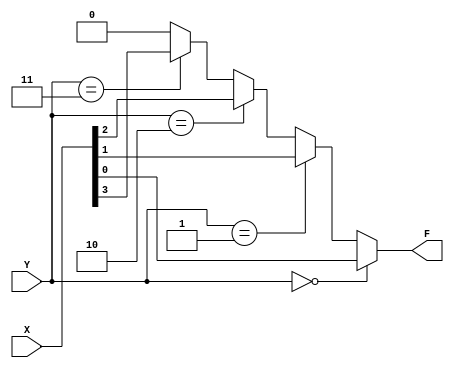
`timescale 1ns / 1ps
//////////////////////////////////////////////////////////////////////////////////
// Company: 
// Engineer: 
// 
// Design Name: 
// Module Name: mux41
// Project Name: 
// Target Devices: 
// Tool Versions: 
// Description: 
// 
// Dependencies: 
// 
// Revision:
// Revision 0.01 - File Created
// Additional Comments:
// 
//////////////////////////////////////////////////////////////////////////////////


module mux41(X,Y,F);
input [3:0] X;
input [1:0] Y;
output reg F;

always @(Y or X)
    if (Y == 0) F = X[0];
    else if (Y == 1) F = X[1];
    else if (Y == 2) F = X[2];
    else if (Y == 3) F = X[3];
    else F = 1'b0;
endmodule